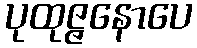
ပုထုဇ္ဇနောပေ